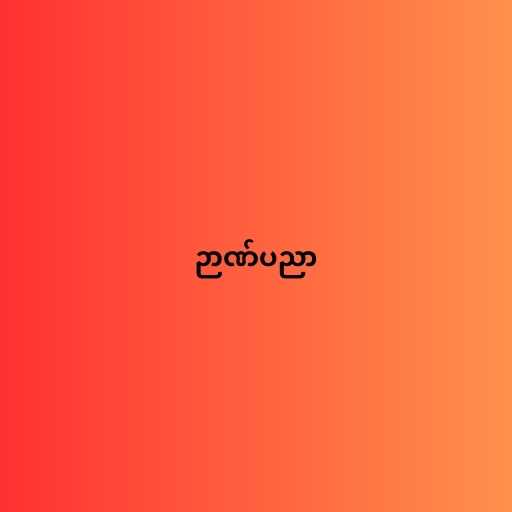
ဉာဏ်ပညာ